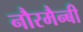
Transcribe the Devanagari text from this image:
नौरमैन्बी